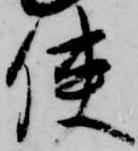
使